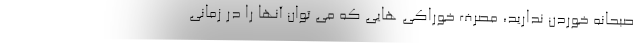
صبحانه خوردن ندارید، مصرف خوراکی هایی که می توان آنها را در زمانی